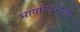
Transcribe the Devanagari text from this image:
भाषांसंदर्भातही